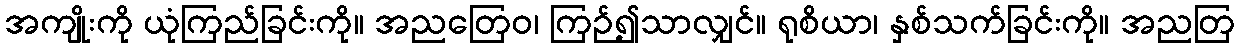
အကျိုးကို ယုံကြည်ခြင်းကို။ အညတြေဝ၊ ကြဉ်၍သာလျှင်။ ရုစိယာ၊ နှစ်သက်ခြင်းကို။ အညတြ